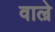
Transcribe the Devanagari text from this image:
वाल्रे